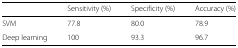
<table><thead><tr><td></td><td><b>Sensitivity (%)</b></td><td><b>Specificity (%)</b></td><td><b>Accuracy (%)</b></td></tr></thead><tbody><tr><td>SVM</td><td>77.8</td><td>80.0</td><td>78.9</td></tr><tr><td>Deep learning</td><td>100</td><td>93.3</td><td>96.7</td></tr></tbody></table>